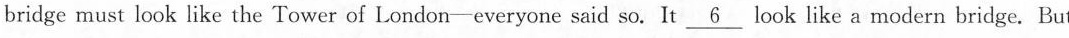
bridge must look like the Tower of London-everyone said so. It \nuderline{6} look like a modern bridge. Bul